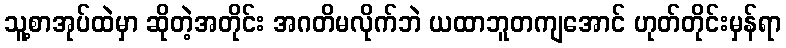
သူ့စာအုပ်ထဲမှာ ဆိုတဲ့အတိုင်း အဂတိမလိုက်ဘဲ ယထာဘူတကျအောင် ဟုတ်တိုင်းမှန်ရာ